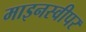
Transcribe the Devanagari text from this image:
माइनस्वीपर